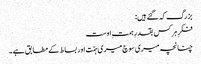
بزرگ کہ گئے ہیں:
فکرِ ہر کس بقدرِ ہمتِ اوست
چنانچہ میری سوچ میری ہمّت اور بساط کے مطابق ہے ۔